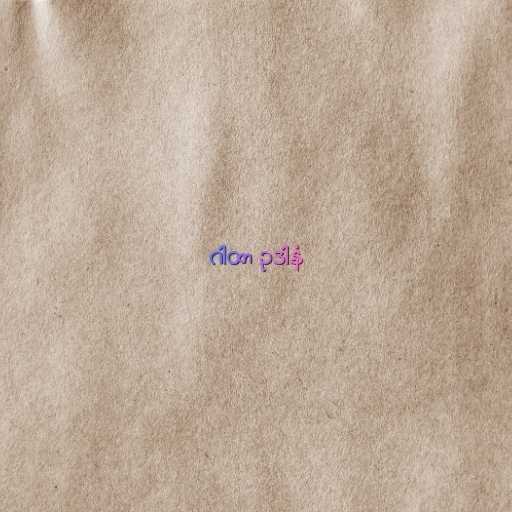
ဂါထာ ဥဒါနံ